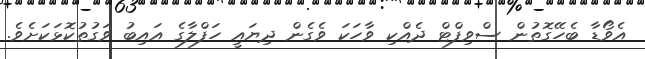
އެވޯޑާ ބެހޭގޮތުން ސްވިފްޓް ދެއްކި ވާހަކަ ވެގެން ދިޔައީ ހަފްލާގެ އައިބު ވަގުތުކޮޅަކަށެވެ.